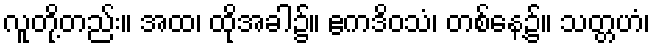
လူတို့တည်း။ အထ၊ ထိုအခါ၌။ ဧကဒိဝသံ၊ တစ်နေ့၌။ သတ္တဟံ၊